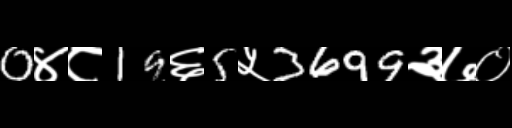
Text: 0४८19६5५3699३७०